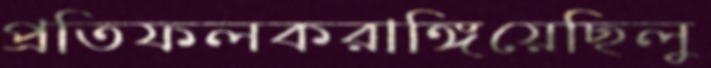
প্রতিফলকরাঙ্গিয়েছিলু